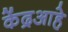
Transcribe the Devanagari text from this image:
केंद्रआहे